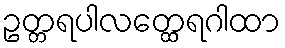
ဥတ္တရပါလတ္ထေရဂါထာ